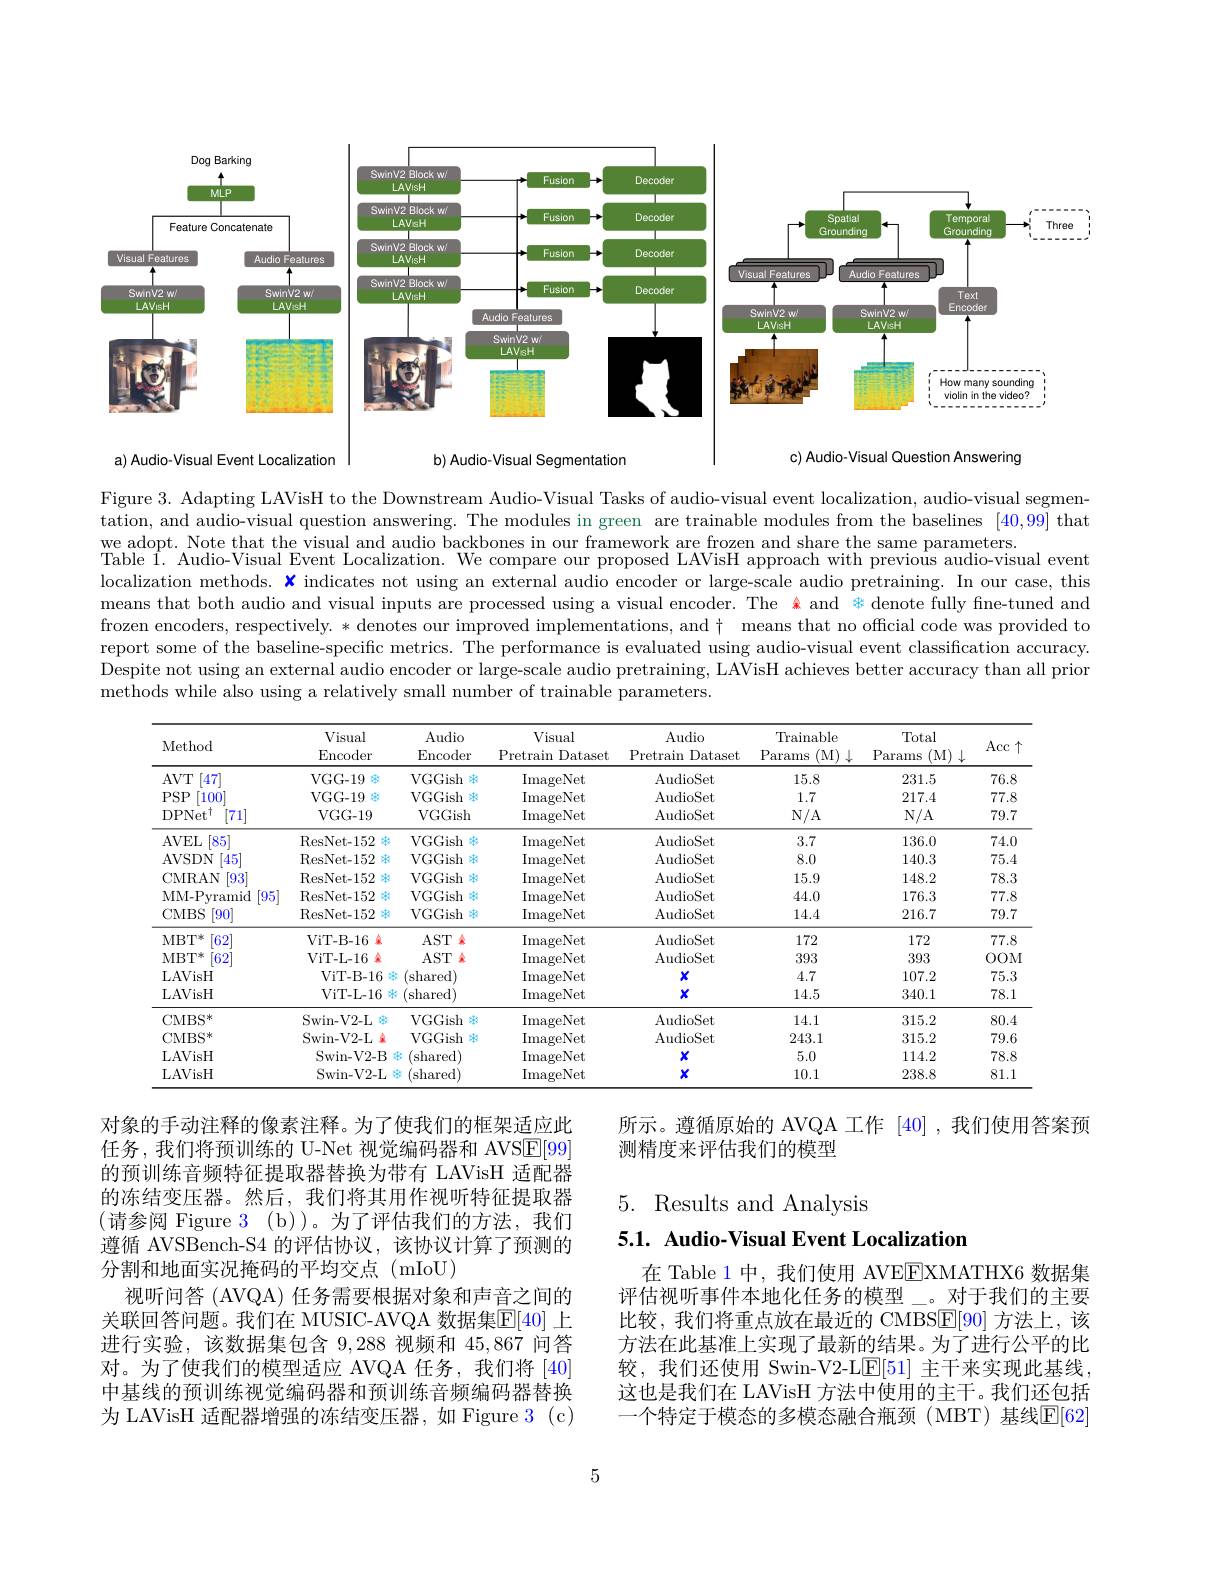
<FigureHere>
c) Audio- Visual Question Answering
a) Audio- Visual Event Localization
b) Audio- Visual Segmentation

Figure 3. Adapting LAVisH to the Downstream Audio-Visual Tasks of audio-visual event localization, audio-visual segmentation, and audio-visual question answering. The modules in green are trainable modules from the baselines $[\color{red}{40,99}]$ that we adopt. Note that the visual and audio backbones in our framework are frozen and share the same parameters.
Table Î. Audio-Visual Event Localization. We compare our proposed LAVisH approach with previous audio-visual event localization methods. $x$ indicates not using an external audio encoder or large-scale audio pretraining. In our case, this means that both audio and visual inputs are processed using a visual encoder. The 金 and 家 denote fully fne-tuned and frozen encoders, respectively. * denotes our improved implementations, and $\dagger$ means that no official code was provided to report some of the baseline-specific metrics. The performance is evaluated using audio-visual event classification accuracy. Despite not using an external audio encoder or large-scale audio pretraining, LAVisH achieves better accuracy than all prior methods while also using a relatively small number of trainable parameters.

<table>
	<tbody>
		<tr>
			<th>Method</th>
			<th>Visual $\operatorname{Encoder}$</th>
			<th>Audio Encoder</th>
			<th>$V$isual Pretrain Dataset</th>
			<th>Audio Pretrain Dataset</th>
			<th>Trainable Params (M$)\downarrow$</th>
			<th>Total Params (M$)\downarrow$</th>
			<th>Acc $\uparrow$</th>
		</tr>
		<tr>
			<td>$AVT$ [47</td>
			<td>$VGG-19$</td>
			<td>VGGish</td>
			<td>ImageNet</td>
			<td>AudioSet</td>
			<td>15.8</td>
			<td>231.5</td>
			<td>76.8</td>
		</tr>
		<tr>
			<td>$PSP$ [100]</td>
			<td>$VGG-19$</td>
			<td>VGGish</td>
			<td>ImageNet</td>
			<td>AudioSet</td>
			<td>1.7</td>
			<td>217.4</td>
			<td>77.8</td>
		</tr>
		<tr>
			<td>$\mathrm{DPNet}^{\dagger}$ [71]</td>
			<td>$VGG-19$</td>
			<td>VGGish</td>
			<td>ImageNet</td>
			<td>AudioSet</td>
			<td>$N/A$</td>
			<td>$N/A$</td>
			<td>79.7</td>
		</tr>
		<tr>
			<td>AVEL [85]</td>
			<td>ResNet- 152</td>
			<td>VGGish</td>
			<td>ImageNet</td>
			<td>AudioSet</td>
			<td>3.7</td>
			<td>136.0</td>
			<td>74.0</td>
		</tr>
		<tr>
			<td>AVSDN $45^{\cdot}$</td>
			<td>ResNet- 152</td>
			<td>VGGish</td>
			<td>ImageNet</td>
			<td>AudioSet</td>
			<td>8.0</td>
			<td>140.3</td>
			<td>75.4</td>
		</tr>
		<tr>
			<td>CMRAN 93</td>
			<td>ResNet- 152</td>
			<td>$\operatorname{VGGish}$</td>
			<td>ImageNet</td>
			<td>AudioSet</td>
			<td>15.9</td>
			<td>148.2</td>
			<td>78.3</td>
		</tr>
		<tr>
			<td>MM-Pvramid $[95^{\prime}]$</td>
			<td>ResNet- 152</td>
			<td>VGGish</td>
			<td>ImageNet</td>
			<td>AudioSet</td>
			<td>44.0</td>
			<td>176.3</td>
			<td>77.8</td>
		</tr>
		<tr>
			<td>CMBS [90]</td>
			<td>ResNet- 152</td>
			<td>VGGish</td>
			<td>ImageNet</td>
			<td>AudioSet</td>
			<td>14.4</td>
			<td>216.7</td>
			<td>79.7</td>
		</tr>
		<tr>
			<td>$\mathrm{MBT}^{*}$ $\lceil62$</td>
			<td>ViT- B- 16 家</td>
			<td>$AST$ 年</td>
			<td>ImageNet</td>
			<td>AudioSet</td>
			<td>172</td>
			<td>172</td>
			<td>77.8</td>
		</tr>
		<tr>
			<td>MBT$^{*}$ $\lceil62$</td>
			<td>ViT- L- 16 金</td>
			<td>$AST$ 容</td>
			<td>ImageNet</td>
			<td>AudioSet</td>
			<td>393</td>
			<td>393</td>
			<td>$OOM$</td>
		</tr>
		<tr>
			<td>LAVisH</td>
			<td>ViT- B- 16</td>
			<td>(shared)</td>
			<td>ImageNet</td>
			<td>$X$</td>
			<td>4.7</td>
			<td>107.2</td>
			<td>75.3</td>
		</tr>
		<tr>
			<td>LAVisH</td>
			<td>ViT- L- 16</td>
			<td>(shared)</td>
			<td>ImageNet</td>
			<td>$X$</td>
			<td>14.5</td>
			<td>340.1</td>
			<td>78.1</td>
		</tr>
		<tr>
			<td>CMBS* </td>
			<td>Swin- V2- L</td>
			<td>VGGish</td>
			<td>ImageNet</td>
			<td>AudioSet</td>
			<td>14.1</td>
			<td>315.2</td>
			<td>80.4</td>
		</tr>
		<tr>
			<td>CMBS* </td>
			<td>Swin- V2- L C</td>
			<td>VGGish</td>
			<td>ImageNet</td>
			<td>AudioSet</td>
			<td>243.1</td>
			<td>315.2</td>
			<td>79.6</td>
		</tr>
		<tr>
			<td>LAVisH</td>
			<td>Swin- V2- B</td>
			<td>(shared)</td>
			<td>ImageNet</td>
			<td>$X$</td>
			<td>5.0</td>
			<td>114.2</td>
			<td>78.8</td>
		</tr>
		<tr>
			<td>LAVisH</td>
			<td>Swin- V2- L</td>
			<td>(shared)</td>
			<td>ImageNet</td>
			<td>$X$</td>
			<td>10.1</td>
			<td>238.8</td>
			<td>81.1</td>
		</tr>
	</tbody>
</table>

所示。遵循原始的 AVQA 工作 [40] ,我们使用答案预
测精度来评估我们的模型

5. Results and Analysis

5.1. Audio-Visual Event Localization

对象的手动注释的像素注释。为了使我们的框架适应此任务，我们将预训练的 U-Net 视觉编码器和 AVSE[99] 的预训练音频特征提取器替换为带有 LAVisH 适配器的冻结变压器。然后，我们将其用作视听特征提取器(请参阅 Figure 3(b))。为了评估我们的方法，我们遵循 AVSBench-S4 的评估协议，该协议计算了预测的分割和地面实况掩码的平均交点(mIoU)
视听问答 (AVQA) 任务需要根据对象和声音之间的关联回答问题。我们在 MUSIC-AVQA 数据集$\overline{\mathbb{E}}[40]$ 上进行实验，该数据集包含 9,288 视频和 45,867 问答对。为了使我们的模型适应 AVQA 任务，我们将 [40] 中基线的预训练视觉编码器和预训练音频编码器替换为 LAVisH 适配器增强的冻结变压器，如 Figure 3 (c)

在 Table 1 中，我们使用 AVEEXMATHX6 数据集评估视听事件本地化任务的模型\_。对于我们的主要比较，我们将重点放在最近的 CMBSE[90] 方法上，该方法在此基准上实现了最新的结果。为了进行公平的比较，我们还使用 Swin-V2-L$\mathbb{E}[51]$主干来实现此基线， 这也是我们在 LAVisH 方法中使用的主干。我们还包括一个特定于模态的多模态融合瓶颈(MBT)基线$\mathbb{E}[62]$

5